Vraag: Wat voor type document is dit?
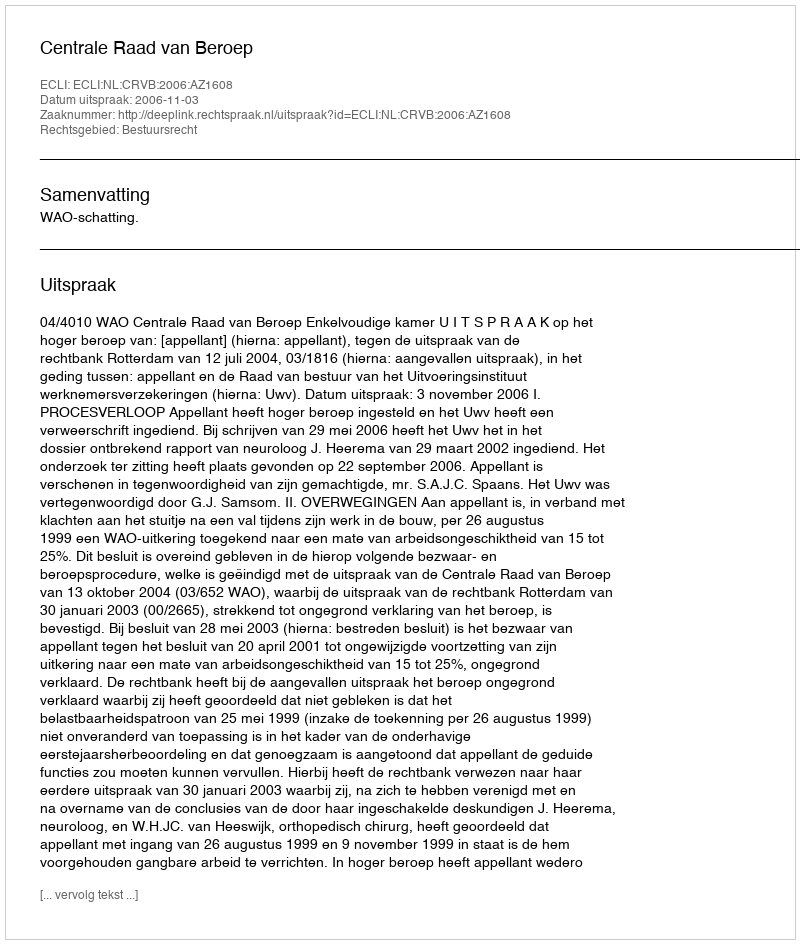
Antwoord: Uitspraak